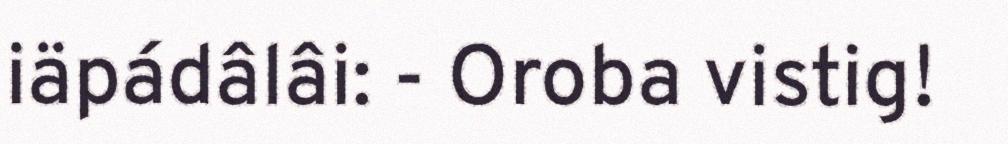
iäpádâlâi: - Oroba vistig!